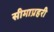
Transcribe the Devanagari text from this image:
सीमाप्रहरी